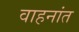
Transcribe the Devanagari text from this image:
वाहनांत